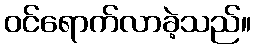
ဝင်ရောက်လာခဲ့သည်။